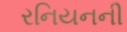
રનિયનની